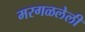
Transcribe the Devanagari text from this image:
मरगळलेली